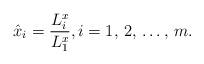
LaTeX: \begin{align*}\hat{x}_{i}=\frac{L_{i}^{x}}{L_{1}^{x}}, i=1,\thinspace 2,\thinspace \mathellipsis ,\thinspace m.\end{align*}